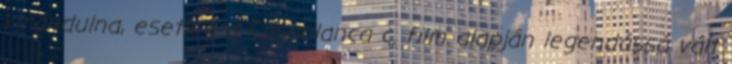
kirándulna, esetleg a Casablanca c. film alapján legendássá vált